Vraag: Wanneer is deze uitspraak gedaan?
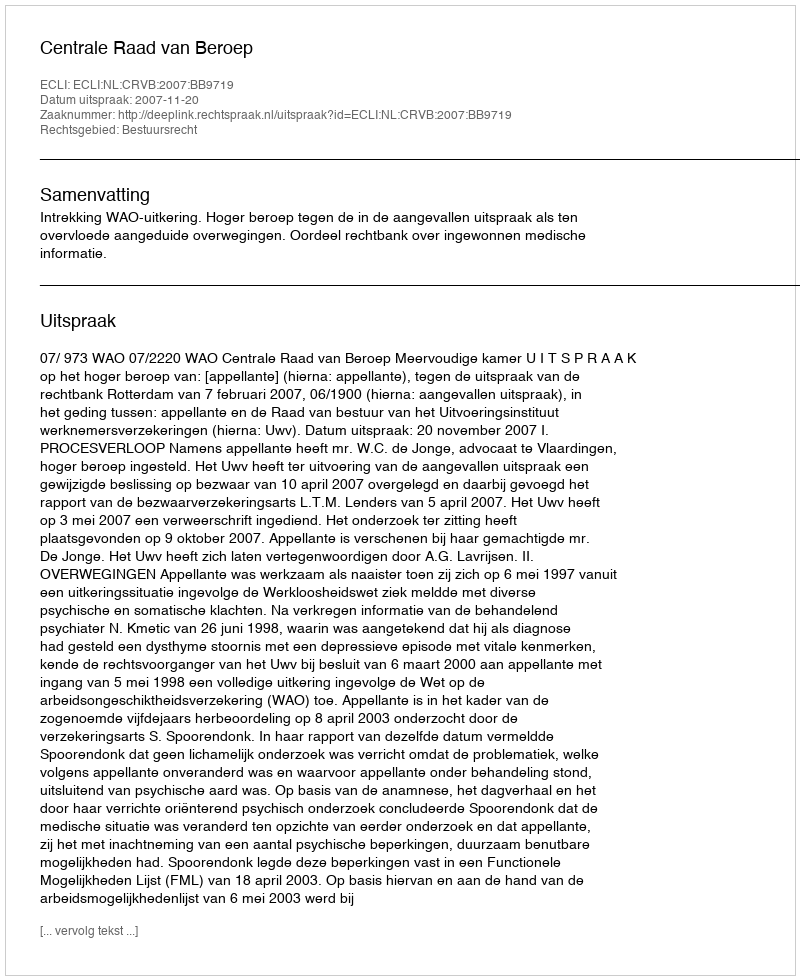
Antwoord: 2007-11-20